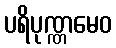
ပရိပုဏ္ဏမေဝ